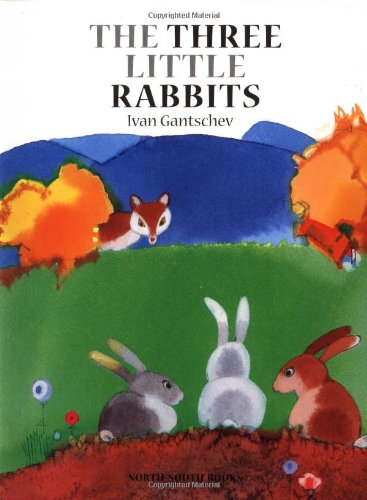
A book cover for The Three Little Rabbits; Ivan Gantschev; Children's Books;